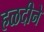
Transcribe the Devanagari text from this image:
हळदीने